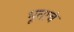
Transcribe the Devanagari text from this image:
भूताचं